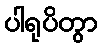
ပါရုပိတွာ